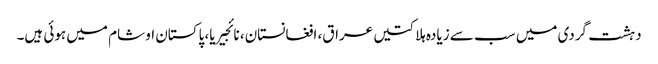
دہشت گردی میں سب سے زیادہ ہلاکتیں عراق، افغانستان، نائجیریا، پاکستان او شام میں ہوئی ہیں۔